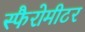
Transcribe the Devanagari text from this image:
स्फैरोमीटर